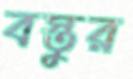
বস্তুর